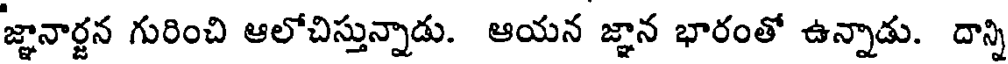
జ్ఞానార్జన గురించి ఆలోచిస్తున్నాడు. ఆయన జ్ఞాన భారంతో ఉన్నాడు. దాన్ని